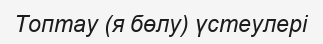
Топтау (я бөлу) үстеулері